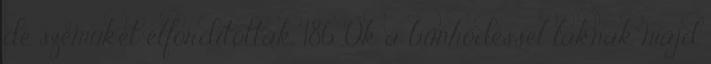
de szemüket elfordították. 186. Ők a bűnhődéssel laknak majd